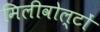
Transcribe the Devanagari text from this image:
मिलीवोल्टों